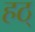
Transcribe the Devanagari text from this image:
हठ्